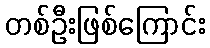
တစ်ဦးဖြစ်ကြောင်း